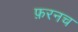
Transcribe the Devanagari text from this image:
फ़रनच